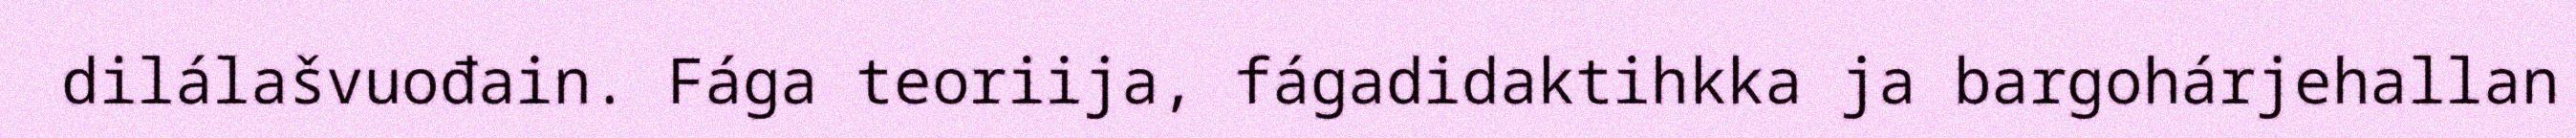
dilálašvuođain. Fága teoriija, fágadidaktihkka ja bargohárjehallan